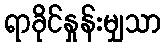
ရာခိုင်နှုန်းမျှသာ